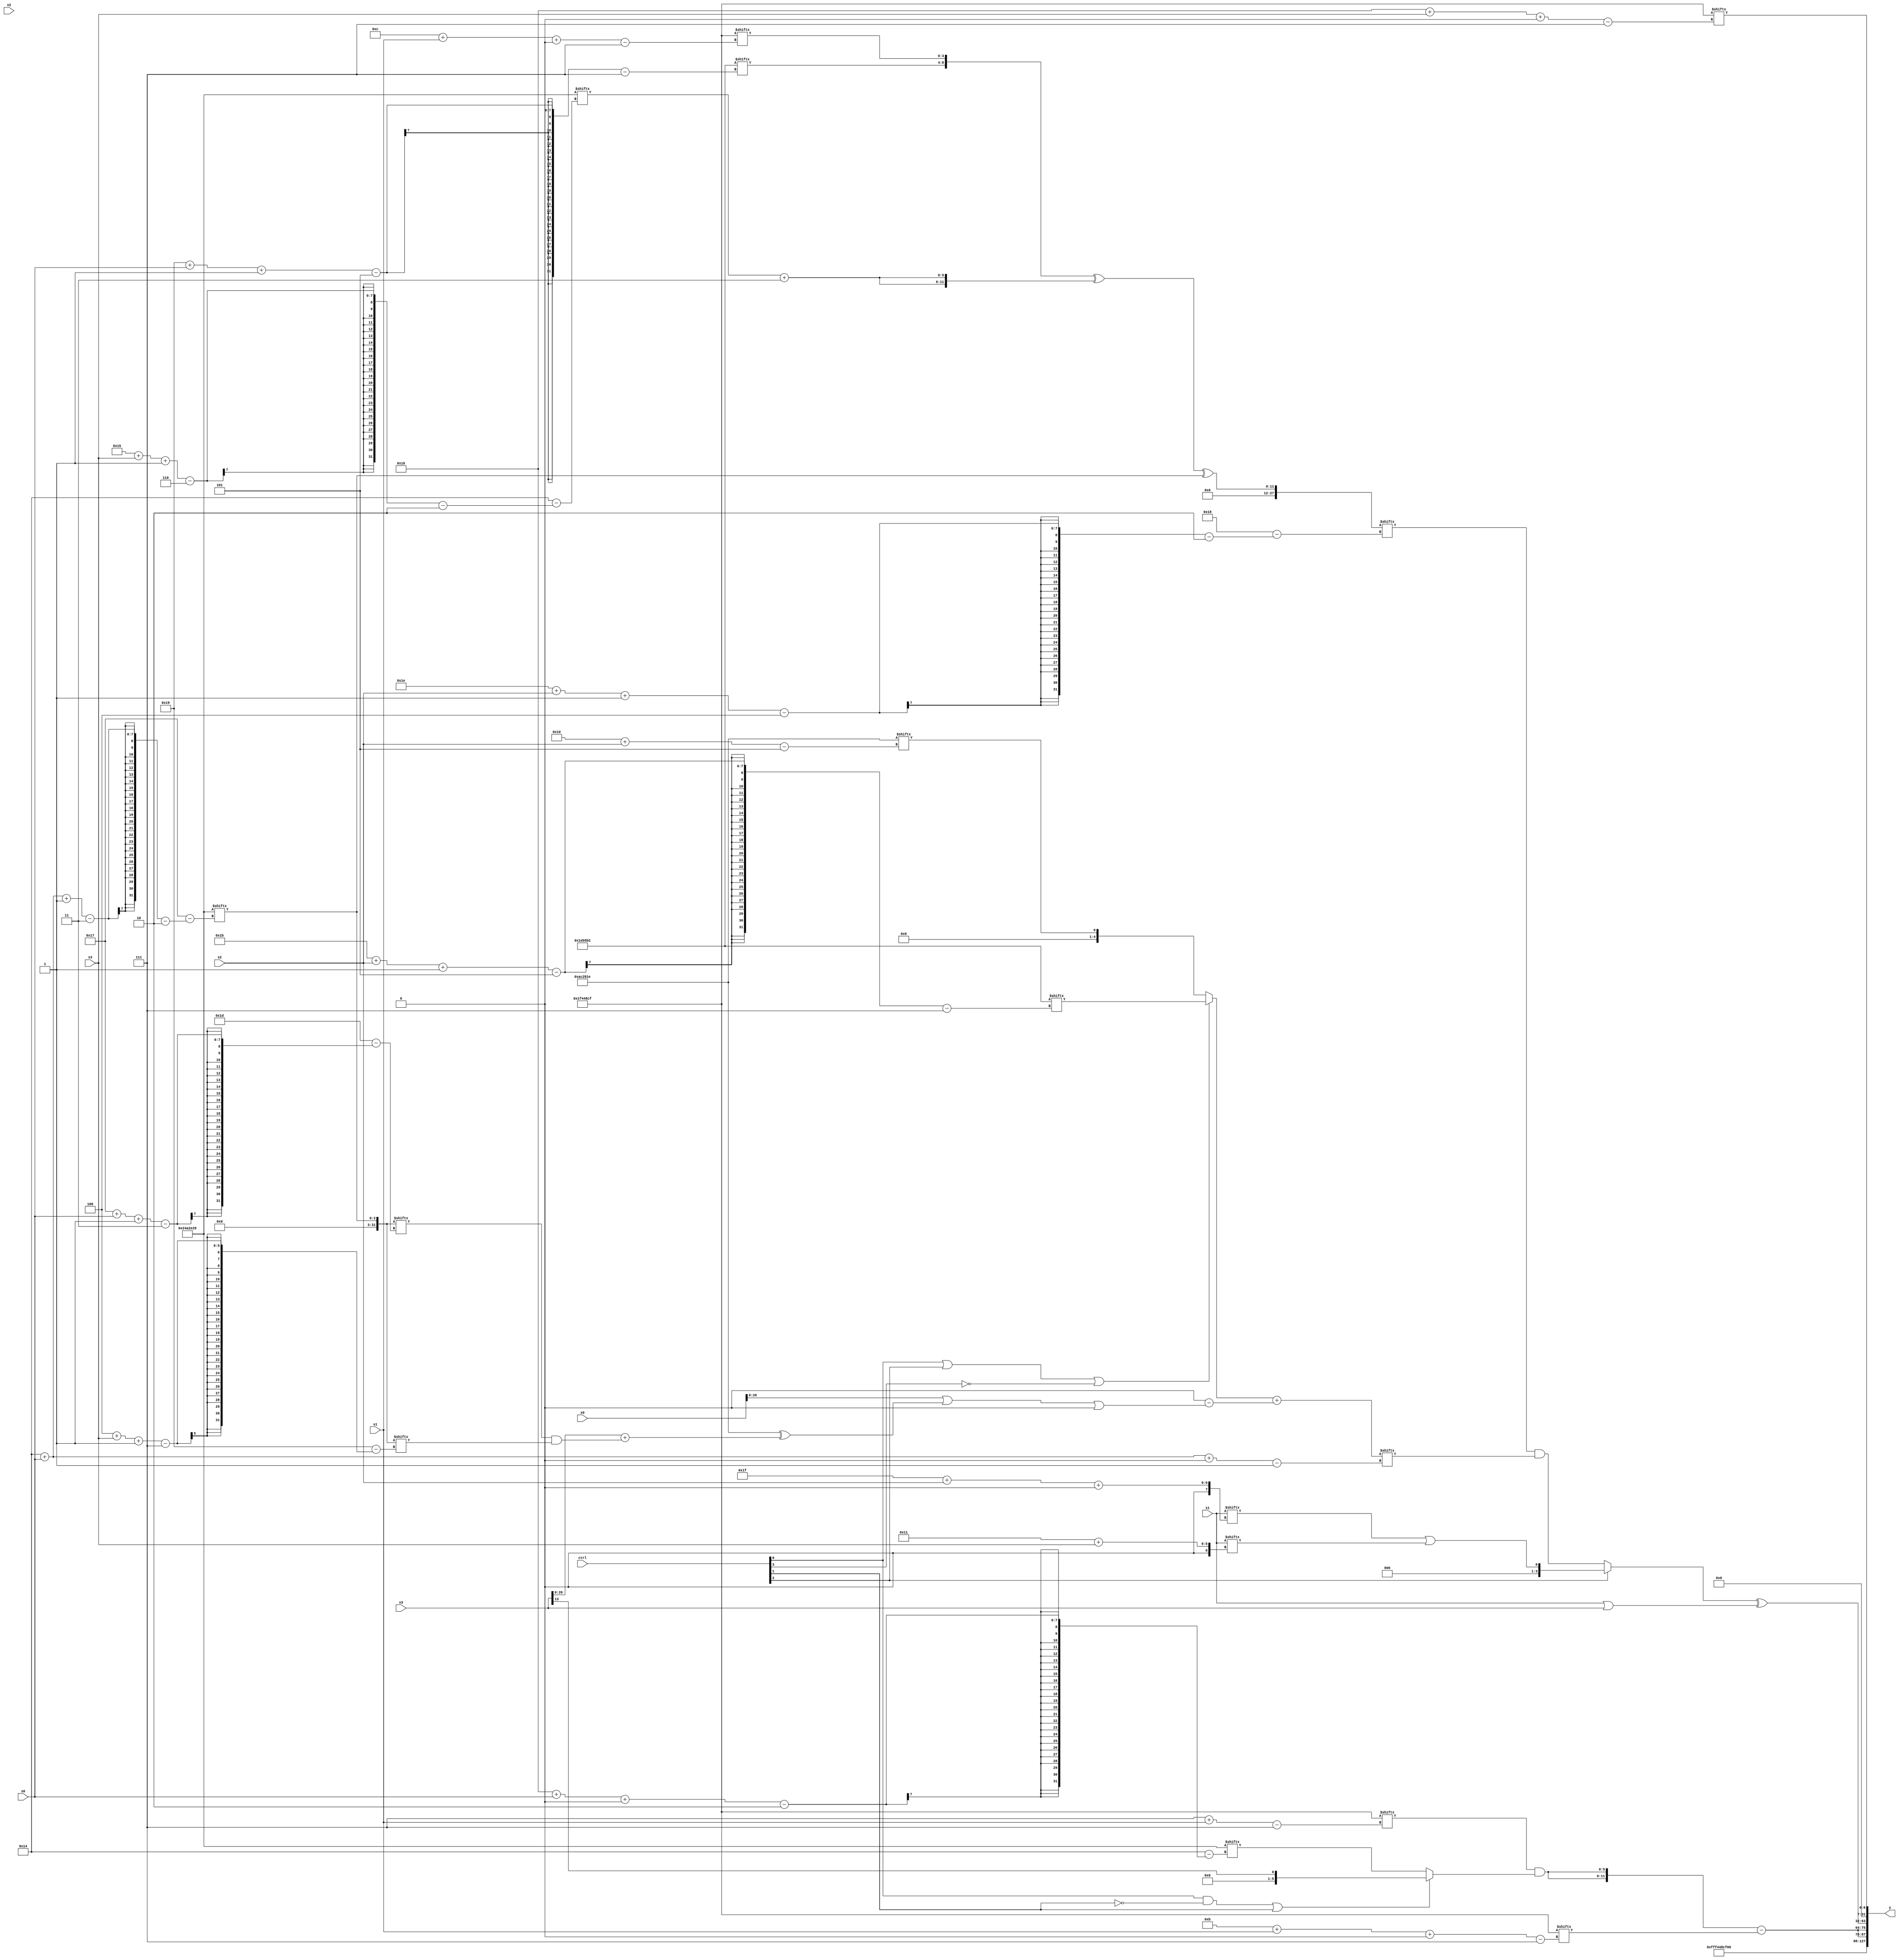
module partsel_00645(ctrl, s0, s1, s2, s3, x0, x1, x2, x3, y);
  input [3:0] ctrl;
  input [2:0] s0;
  input [2:0] s1;
  input [2:0] s2;
  input [2:0] s3;
  input signed [31:0] x0;
  input signed [31:0] x1;
  input signed [31:0] x2;
  input signed [31:0] x3;
  wire [29:5] x4;
  wire signed [0:31] x5;
  wire [27:1] x6;
  wire signed [27:7] x7;
  wire signed [31:1] x8;
  wire [7:25] x9;
  wire signed [2:29] x10;
  wire signed [25:6] x11;
  wire [30:1] x12;
  wire signed [29:2] x13;
  wire signed [29:7] x14;
  wire [6:30] x15;
  output [127:0] y;
  wire signed [31:0] y0;
  wire [31:0] y1;
  wire signed [31:0] y2;
  wire [31:0] y3;
  assign y = {y0,y1,y2,y3};
  localparam [27:7] p0 = 543077810;
  localparam signed [31:7] p1 = 234113231;
  localparam signed [28:5] p2 = 229386270;
  localparam [2:27] p3 = 575286825;
  assign x4 = ({2{(x3[9 +: 1] - {{p0[19], p0}, (x3[17 -: 4] | x1[17 +: 2])})}} & ((p2[18 -: 4] & (!ctrl[2] && ctrl[3] || !ctrl[0] ? x1[18 -: 3] : x2[9])) ^ {2{{2{p2[18 -: 4]}}}}));
  assign x5 = p3[20 + s0 -: 3];
  assign x6 = {2{((ctrl[0] || ctrl[2] || !ctrl[3] ? p0[27 + s2 -: 5] : {x5[17], p2[16 + s2]}) + (p1[12 -: 1] - ({x4[21 -: 1], (x0 | (p2 ^ (x3 + (x5[23 + s0 -: 3] & x5[4 + s3 -: 7]))))} | {2{p0[13]}})))}};
  assign x7 = x0[15 + s0 +: 7];
  assign x8 = p3;
  assign x9 = (ctrl[1] && ctrl[3] || !ctrl[3] ? x6[19] : ((!ctrl[0] || !ctrl[2] && ctrl[1] ? (!ctrl[3] && !ctrl[1] && !ctrl[0] ? {2{p0}} : (x0[13 + s0] + x4[12 + s0])) : x5) & (x0[18 + s2] ^ x7[6 + s0])));
  assign x10 = (({p0[25 + s0 -: 5], p1[12 + s1 +: 4]} ^ {2{(p3[21 + s3 -: 6] + {2{p0[17]}})}}) ^ x5);
  assign x11 = (x9[11 + s0] ^ x9[15 + s1 +: 3]);
  assign x12 = (!ctrl[1] && !ctrl[3] || ctrl[0] ? x6[4 + s3 +: 5] : ((({2{x10[9 + s2 -: 3]}} & {(x0[21 -: 4] & x3[12]), p0[9 + s1 +: 7]}) | {x6[18 + s1 -: 1], ((x8[5 + s2 -: 4] ^ p2[26 + s3 -: 5]) | p1[16 +: 4])}) - p3));
  assign x13 = p0[17];
  assign x14 = (p2[4 + s1] ^ p1[13 + s0]);
  assign x15 = x9[9];
  assign y0 = p1;
  assign y1 = {2{({2{(p1[7 + s1] & (ctrl[0] && !ctrl[1] || ctrl[1] ? x3[13] : p3[22 + s0 +: 6]))}} - p1[11 + s1 +: 4])}};
  assign y2 = ((ctrl[1] && !ctrl[1] || !ctrl[2] ? (x10[30 + s2 -: 4] & x6[20 + s0 +: 4]) : (x1[31 + s2 +: 1] | x1[17 + s3])) ^ ({x3, x1} | {p3[25 + s2 -: 4], {(p3[15 -: 3] ^ x15), x3}}));
  assign y3 = p1[22 + s3 +: 7];
endmodule